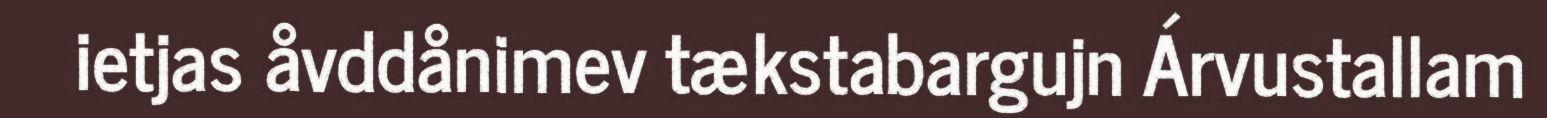
ietjas åvddånimev tækstabargujn Árvustallam